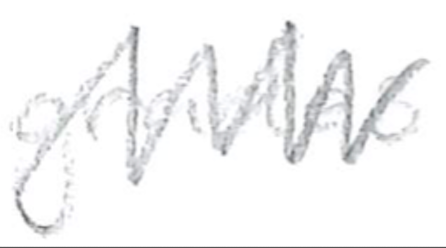
Text: grades
Cross-out: zig-zag
Writing tool: pencil